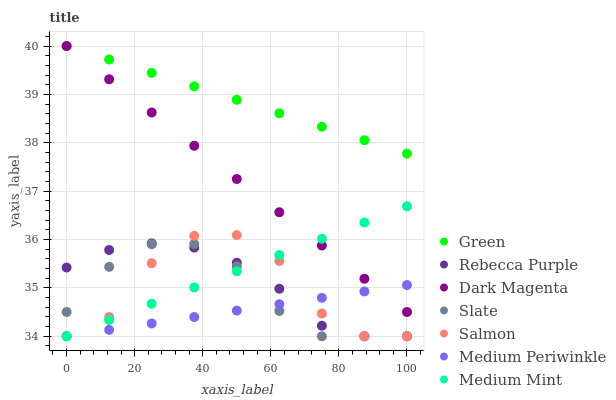
| xaxis_label | Green | Rebecca Purple | Dark Magenta | Slate | Salmon | Medium Periwinkle | Medium Mint |
 | --- | --- | --- | --- | --- | --- | --- | --- |
 | 0 | 40 | 35.4 | 40 | 34.5 | 34 | 34 | 34 |
 | 12.5 | 39.7 | 35.8 | 39.3 | 35.4 | 34.4 | 34.1 | 34.3 |
 | 25 | 39.4 | 35.9 | 38.6 | 35.9 | 35.5 | 34.3 | 34.7 |
 | 37.5 | 39.2 | 35.8 | 37.9 | 35.9 | 36.1 | 34.4 | 35 |
 | 50 | 38.9 | 35.5 | 37.3 | 35.4 | 36.1 | 34.5 | 35.3 |
 | 62.5 | 38.6 | 35 | 36.6 | 34.5 | 35.6 | 34.7 | 35.7 |
 | 75 | 38.3 | 34.2 | 35.9 | 34 | 34.5 | 34.8 | 36 |
 | 87.5 | 38.1 | 34 | 35.2 | 34 | 34 | 34.9 | 36.4 |
 | 100 | 37.8 | 34 | 34.5 | 34 | 34 | 35.1 | 36.7 |